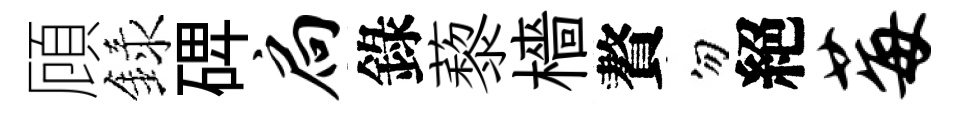
頋録𥓓扃錄藜檣贅勿絕莓